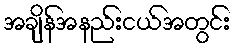
အချိန်အနည်းငယ်အတွင်း